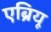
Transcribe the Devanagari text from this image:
एब्रियू